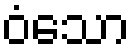
ဝံသော